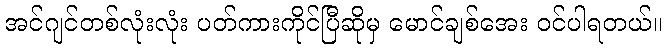
အင်ဂျင်တစ်လုံးလုံး ပတ်ကားကိုင်ပြီဆိုမှ မောင်ချစ်အေး ဝင်ပါရတယ်။